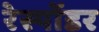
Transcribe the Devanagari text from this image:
रेस्पोंडर